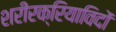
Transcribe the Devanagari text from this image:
शरीरक्रियाविदों